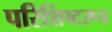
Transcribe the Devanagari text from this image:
परिशिष्टरूप